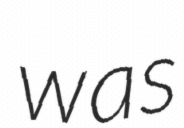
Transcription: was